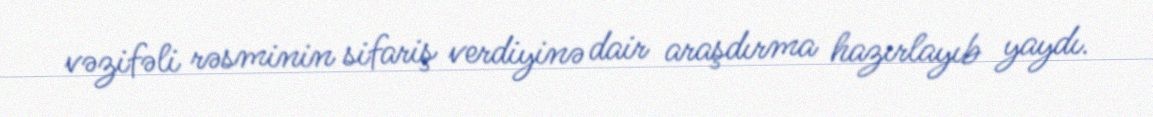
vəzifəli rəsminin sifariş verdiyinə dair araşdırma hazırlayıb yaydı.